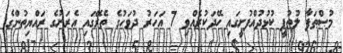
މުޞްޠަފާ ލުޠުފީ ކުޅުދުއްފުށީގައި ހޭދަކުރެއްވި 7 އަހަރު ދުވަހުގެ ތެރޭގައި އެރަށުގެ ރައްޔިތުންގެ